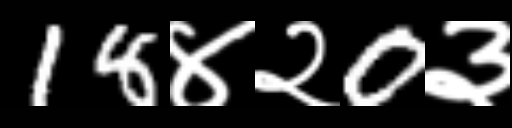
Text: 18४२0३